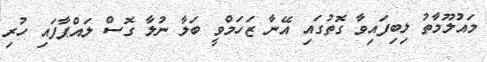
މައުލޫމާތު ލިބިފައިވާ ގޮތުގައި އޭނާ ޒަހަމްވީ ބަލާ ނުލާ ގޮސް ލައްޕާފައި ހުރި